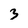
Character: 3